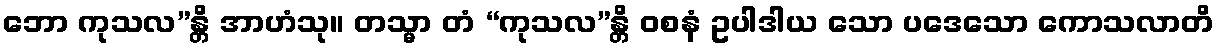
ဘော ကုသလ”န္တိ အာဟံသု။ တသ္မာ တံ “ကုသလ”န္တိ ဝစနံ ဥပါဒါယ သော ပဒေသော ကောသလာတိ